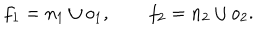
f _ { 1 } = n _ { 1 } \cup o _ { 1 } , \qquad f _ { 2 } = n _ { 2 } \cup o _ { 2 } .